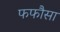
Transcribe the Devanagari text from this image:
फफौसा